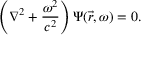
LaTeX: \left( \nabla ^ { 2 } + { \frac { \omega ^ { 2 } } { c ^ { 2 } } } \right) \Psi ( { \vec { r } } , \omega ) = 0 .